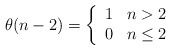
\begin{align*}\theta(n-2)=\left\{\begin{array}{ll}1&n>2\\0&n\leq2\end{array}\right.\end{align*}